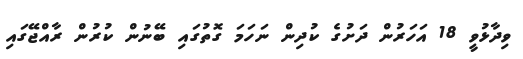
ވިދާޅުވީ 18 އަހަރުން ދަށުގެ ކުދިން ނަހަމަ ގޮތުގައި ބޭނުން ކުރުން ރާއްޖޭގައި